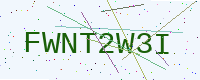
Text: FWNT2W3I